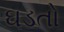
ઘડતો